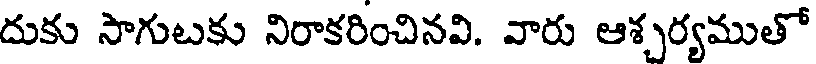
దుకు సాగుటకు నిరాకరించినవి. వారు ఆశ్చర్యముతో